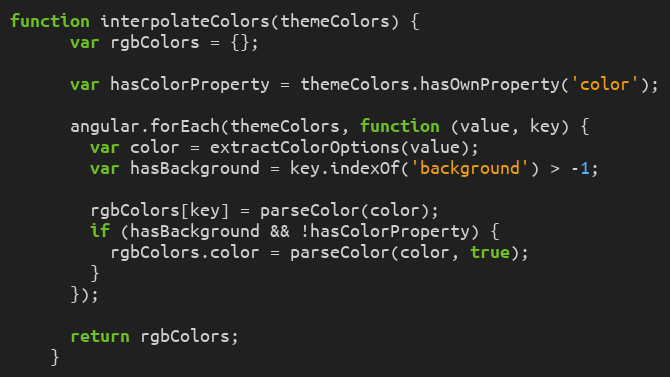
Language: JavaScript
function interpolateColors(themeColors) {
      var rgbColors = {};

      var hasColorProperty = themeColors.hasOwnProperty('color');

      angular.forEach(themeColors, function (value, key) {
        var color = extractColorOptions(value);
        var hasBackground = key.indexOf('background') > -1;

        rgbColors[key] = parseColor(color);
        if (hasBackground && !hasColorProperty) {
          rgbColors.color = parseColor(color, true);
        }
      });

      return rgbColors;
    }